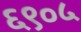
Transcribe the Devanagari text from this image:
६९०५